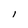
Character: l